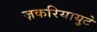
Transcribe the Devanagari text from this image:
ज़करियायुटे